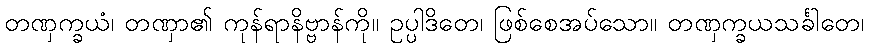
တဏှက္ခယံ၊ တဏှာ၏ ကုန်ရာနိဗ္ဗာန်ကို။ ဥပ္ပါဒိတေ၊ ဖြစ်စေအပ်သော။ တဏှက္ခယသင်္ခါတေ၊